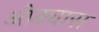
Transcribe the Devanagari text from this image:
ओढ्यास